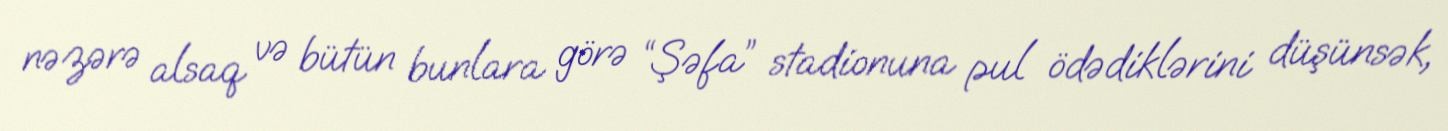
nəzərə alsaq və bütün bunlara görə “Şəfa” stadionuna pul ödədiklərini düşünsək,